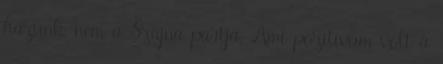
házunk, nem a Szajna partja. Ami pozitívum volt a